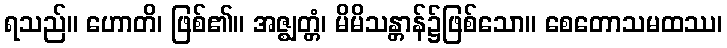
ရသည်။ ဟောတိ၊ ဖြစ်၏။ အဇ္ဈတ္တံ၊ မိမိသန္တာန်၌ဖြစ်သော။ စေတောသမထဿ၊